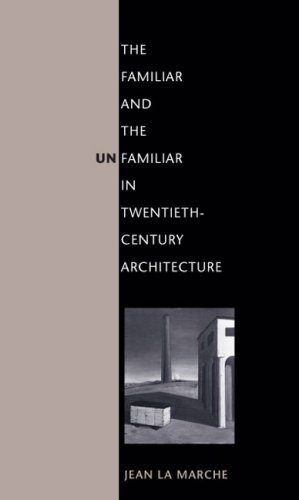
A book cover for The Familiar and the Unfamiliar in Twentieth-Century Architecture; Jean La Marche; Arts & Photography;